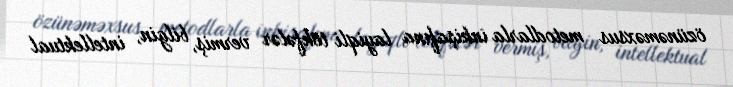
özünəməxsus metodlarla inkişafına layiqli töhfələr vermiş, bilgin, intellektual